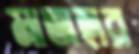
মাতাহার